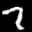
Label: 7